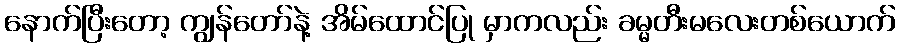
နောက်ပြီးတော့ ကျွန်တော်နဲ့ အိမ်ထောင်ပြု မှာကလည်း ခမ္မတီးမလေးတစ်ယောက်